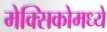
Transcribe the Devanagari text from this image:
मेक्‍सिकोमध्ये